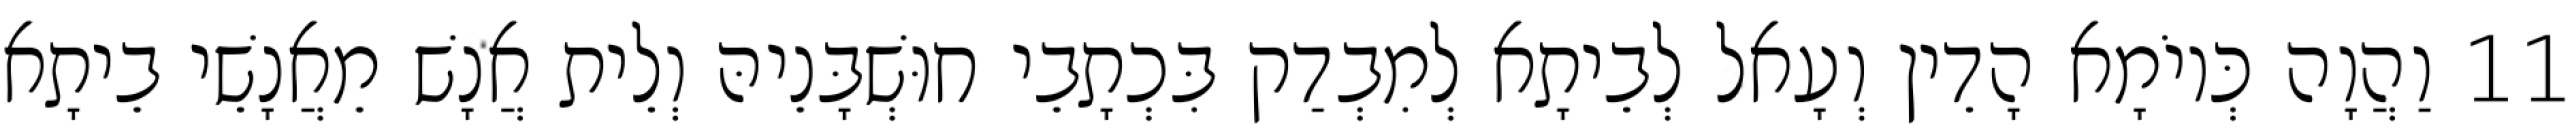
11 וַהֲוָה כְּיוֹמָא הָדֵין וְעָאל לְבֵיתָא לְמִבְדַק בִּכְתָבֵי חוּשְׁבָּנֵיהּ וְלֵית אֲנָשׁ מֵאֲנָשֵׁי בֵיתָא